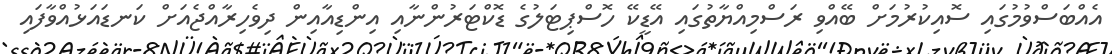
އެއްބަސްވުމުގައި ސޮއިކުރުމަށް ބޭއްވި ރަސްމިއްޔާތުގައި އޭޑީކޭ ހޮސްޕިޓަލުގެ ޑޮކްޓަރުންނާއި އިންޑިއާއިން ދިވެހިރާއްޖެއަށް ކަނޑައަޅުއްވާފައި